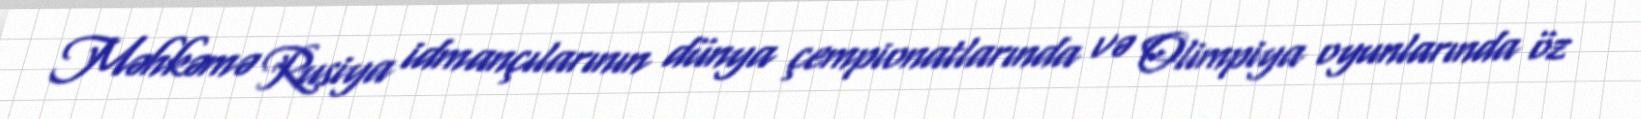
Məhkəmə Rusiya idmançılarının dünya çempionatlarında və Olimpiya oyunlarında öz